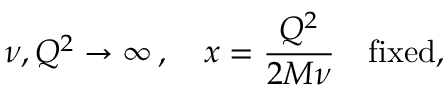
\nu , Q ^ { 2 } \to \infty \, , \quad x = \frac { Q ^ { 2 } } { 2 M \nu } \quad \mathrm { f i x e d } ,